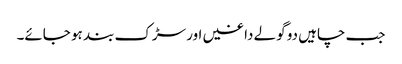
جب چاہیں دو گولے داغیں اور سڑک بند ہو جائے۔